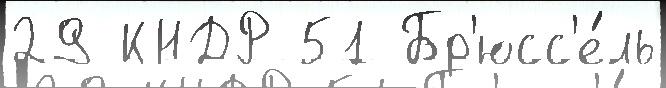
29 КНДР 51 Бр'юсс'е́ль